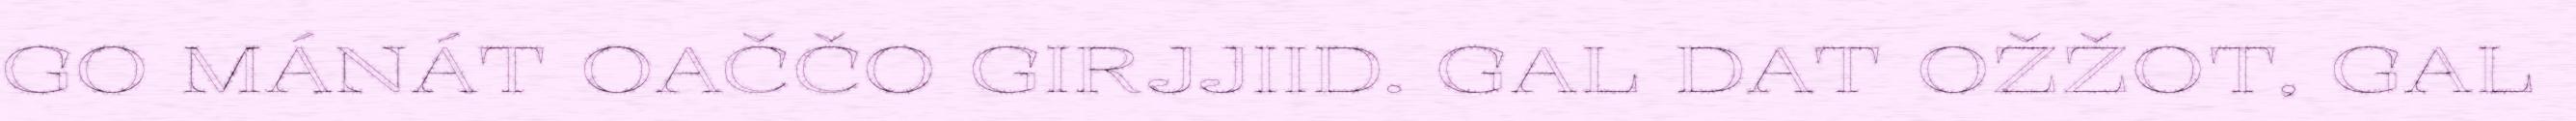
GO MÁNÁT OAČČO GIRJJIID. GAL DAT OŽŽOT, GAL